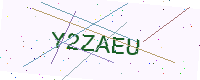
Text: Y2ZAEU